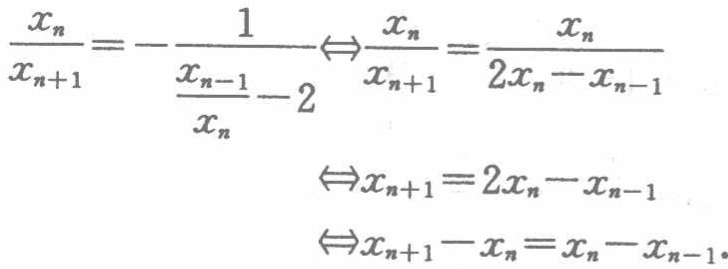
A. $\frac{\alpha}{2}$可能是锐角

B. $\frac{\alpha}{4}$可能是锐角

C. $\alpha$可能是锐角

D. $\frac{\alpha}{4},\frac{\alpha}{2},\alpha$都不可能是锐角